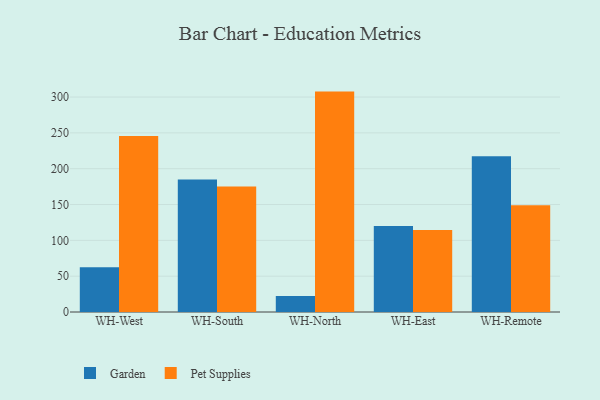
{"axis": {"x": "Warehouse", "y": "Humidity (%)"}, "legend": ["Garden", "Pet Supplies"], "data": [{"x": "WH-West", "y": 62.6, "type": "Garden"}, {"x": "WH-West", "y": 245.8, "type": "Pet Supplies"}, {"x": "WH-South", "y": 184.8, "type": "Garden"}, {"x": "WH-South", "y": 175.0, "type": "Pet Supplies"}, {"x": "WH-North", "y": 22.5, "type": "Garden"}, {"x": "WH-North", "y": 307.6, "type": "Pet Supplies"}, {"x": "WH-East", "y": 120.1, "type": "Garden"}, {"x": "WH-East", "y": 114.3, "type": "Pet Supplies"}, {"x": "WH-Remote", "y": 217.4, "type": "Garden"}, {"x": "WH-Remote", "y": 149.1, "type": "Pet Supplies"}]}